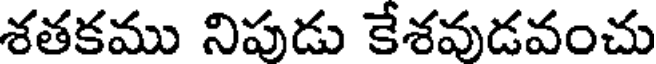
శతకము నిపుడు కేశవుడవంచు